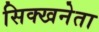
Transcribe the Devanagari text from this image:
सिक्खनेता